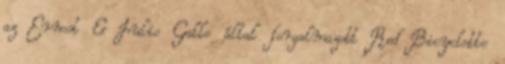
az Ernest & Julio Gallo által forgalmazott Red Bicyclette